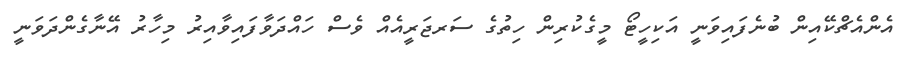
އެންއެޗްކޭއިން ބުނެފައިވަނީ އަކިހީޓޯ މީގެކުރިން ހިތުގެ ސަރޖަރީއެއް ވެސް ހައްދަވާފައިވާއިރު މިހާރު އޭނާގެންދަވަނީ